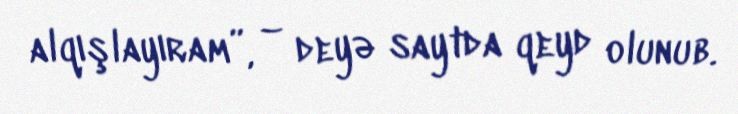
alqışlayıram”, – deyə saytda qeyd olunub.